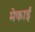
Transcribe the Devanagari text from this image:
मेकाई